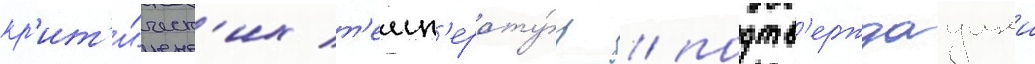
кр'ит'и́ческ'их т'емп'ерату́р / подтв'ерждаущеи